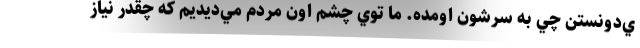
ي‌دونستن چي به سرشون اومده. ما توي چشم اون مردم مي‌ديديم كه چقدر نياز